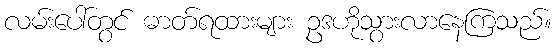
လမ်းပေါ်တွင် ဓာတ်ရထားများ ဥဒဟိုသွားလာနေကြသည်။